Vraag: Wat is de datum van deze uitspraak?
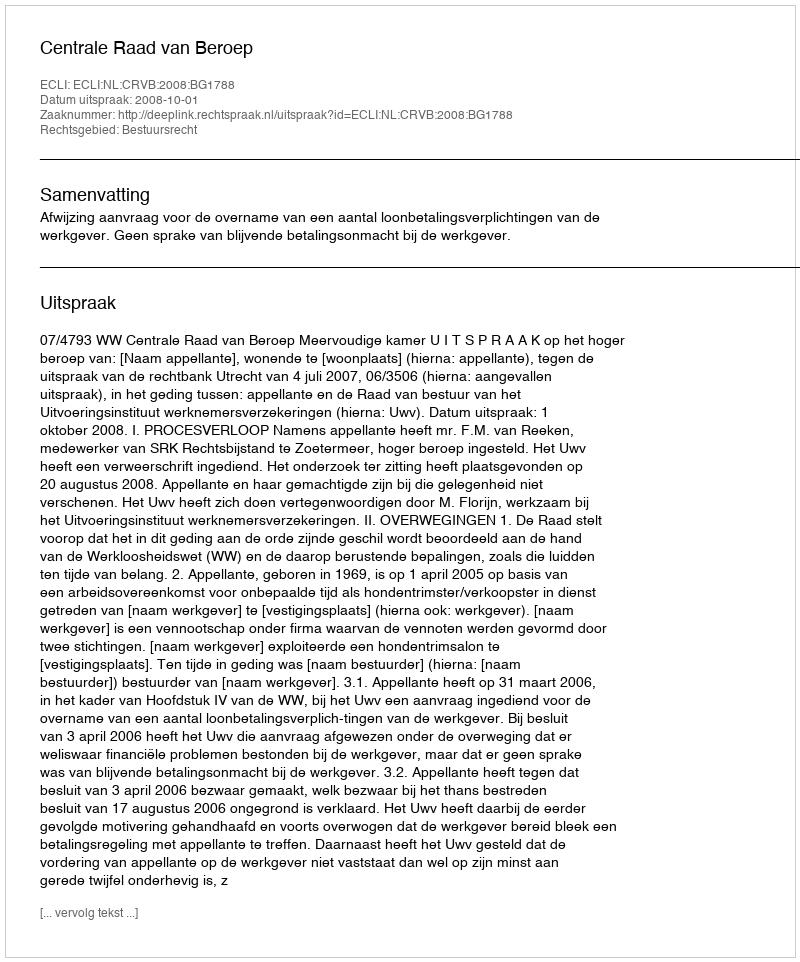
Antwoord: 2008-10-01